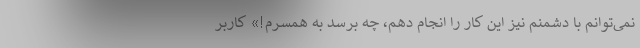
نمی‌توانم با دشمنم نیز این کار را انجام دهم، چه برسد به همسرم!» کاربر